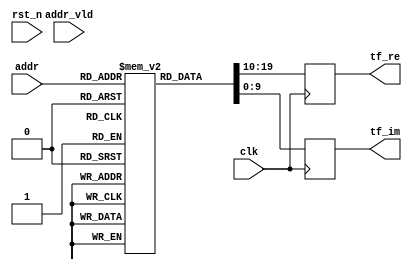
`timescale 1ns/10ps
module fft_r22sdf_rom_1024_s1 (
    input  wire               clk,
    input  wire               rst_n,
    input  wire        [ 7:0] addr,
    input  wire               addr_vld,
    output reg signed [ 9:0] tf_re,
    output reg signed [ 9:0] tf_im
  );

  // reg  [19:0] dout;

  // assign tf_re = dout[19:10];
  // assign tf_im = dout[ 9: 0];

  // initial
  //   begin
  //    `ifndef USE_RESET
  //     dout = 20'd0;
  //    `endif
  //   end
 reg  [19:0] dout[0:255];
initial begin
dout[0]	= { 10'sd511   ,  10'sd0     }; /* W[   0] =  0.9980   0.0000i */	
dout[1]	= { 10'sd511   ,  10'sd0     }; /* W[   0] =  0.9980   0.0000i */	
dout[2]	= { 10'sd511   ,  10'sd0     }; /* W[   0] =  0.9980   0.0000i */	
dout[3]	= { 10'sd511   ,  10'sd0     }; /* W[   0] =  0.9980   0.0000i */	
dout[4]	= { 10'sd511   ,  10'sd0     }; /* W[   0] =  0.9980   0.0000i */	
dout[5]	= { 10'sd511   ,  10'sd0     }; /* W[   0] =  0.9980   0.0000i */	
dout[6]	= { 10'sd511   ,  10'sd0     }; /* W[   0] =  0.9980   0.0000i */	
dout[7]	= { 10'sd511   ,  10'sd0     }; /* W[   0] =  0.9980   0.0000i */	
dout[8]	= { 10'sd511   ,  10'sd0     }; /* W[   0] =  0.9980   0.0000i */	
dout[9]	= { 10'sd511   ,  10'sd0     }; /* W[   0] =  0.9980   0.0000i */	
dout[10]	= { 10'sd511   ,  10'sd0     }; /* W[   0] =  0.9980   0.0000i */	
dout[11]	= { 10'sd511   ,  10'sd0     }; /* W[   0] =  0.9980   0.0000i */	
dout[12]	= { 10'sd511   ,  10'sd0     }; /* W[   0] =  0.9980   0.0000i */	
dout[13]	= { 10'sd511   ,  10'sd0     }; /* W[   0] =  0.9980   0.0000i */	
dout[14]	= { 10'sd511   ,  10'sd0     }; /* W[   0] =  0.9980   0.0000i */	
dout[15]	= { 10'sd511   ,  10'sd0     }; /* W[   0] =  0.9980   0.0000i */	
dout[16]	= { 10'sd511   ,  10'sd0     }; /* W[   0] =  0.9980   0.0000i */	
dout[17]	= { 10'sd511   ,  10'sd0     }; /* W[   0] =  0.9980   0.0000i */	
dout[18]	= { 10'sd511   ,  10'sd0     }; /* W[   0] =  0.9980   0.0000i */	
dout[19]	= { 10'sd511   ,  10'sd0     }; /* W[   0] =  0.9980   0.0000i */	
dout[20]	= { 10'sd511   ,  10'sd0     }; /* W[   0] =  0.9980   0.0000i */	
dout[21]	= { 10'sd511   ,  10'sd0     }; /* W[   0] =  0.9980   0.0000i */	
dout[22]	= { 10'sd511   ,  10'sd0     }; /* W[   0] =  0.9980   0.0000i */	
dout[23]	= { 10'sd511   ,  10'sd0     }; /* W[   0] =  0.9980   0.0000i */	
dout[24]	= { 10'sd511   ,  10'sd0     }; /* W[   0] =  0.9980   0.0000i */	
dout[25]	= { 10'sd511   ,  10'sd0     }; /* W[   0] =  0.9980   0.0000i */	
dout[26]	= { 10'sd511   ,  10'sd0     }; /* W[   0] =  0.9980   0.0000i */	
dout[27]	= { 10'sd511   ,  10'sd0     }; /* W[   0] =  0.9980   0.0000i */	
dout[28]	= { 10'sd511   ,  10'sd0     }; /* W[   0] =  0.9980   0.0000i */	
dout[29]	= { 10'sd511   ,  10'sd0     }; /* W[   0] =  0.9980   0.0000i */	
dout[30]	= { 10'sd511   ,  10'sd0     }; /* W[   0] =  0.9980   0.0000i */	
dout[31]	= { 10'sd511   ,  10'sd0     }; /* W[   0] =  0.9980   0.0000i */	
dout[32]	= { 10'sd511   ,  10'sd0     }; /* W[   0] =  0.9980   0.0000i */	
dout[33]	= { 10'sd511   ,  10'sd0     }; /* W[   0] =  0.9980   0.0000i */	
dout[34]	= { 10'sd511   ,  10'sd0     }; /* W[   0] =  0.9980   0.0000i */	
dout[35]	= { 10'sd511   ,  10'sd0     }; /* W[   0] =  0.9980   0.0000i */	
dout[36]	= { 10'sd511   ,  10'sd0     }; /* W[   0] =  0.9980   0.0000i */	
dout[37]	= { 10'sd511   ,  10'sd0     }; /* W[   0] =  0.9980   0.0000i */	
dout[38]	= { 10'sd511   ,  10'sd0     }; /* W[   0] =  0.9980   0.0000i */	
dout[39]	= { 10'sd511   ,  10'sd0     }; /* W[   0] =  0.9980   0.0000i */	
dout[40]	= { 10'sd511   ,  10'sd0     }; /* W[   0] =  0.9980   0.0000i */	
dout[41]	= { 10'sd511   ,  10'sd0     }; /* W[   0] =  0.9980   0.0000i */	
dout[42]	= { 10'sd511   ,  10'sd0     }; /* W[   0] =  0.9980   0.0000i */	
dout[43]	= { 10'sd511   ,  10'sd0     }; /* W[   0] =  0.9980   0.0000i */	
dout[44]	= { 10'sd511   ,  10'sd0     }; /* W[   0] =  0.9980   0.0000i */	
dout[45]	= { 10'sd511   ,  10'sd0     }; /* W[   0] =  0.9980   0.0000i */	
dout[46]	= { 10'sd511   ,  10'sd0     }; /* W[   0] =  0.9980   0.0000i */	
dout[47]	= { 10'sd511   ,  10'sd0     }; /* W[   0] =  0.9980   0.0000i */	
dout[48]	= { 10'sd511   ,  10'sd0     }; /* W[   0] =  0.9980   0.0000i */	
dout[49]	= { 10'sd511   ,  10'sd0     }; /* W[   0] =  0.9980   0.0000i */	
dout[50]	= { 10'sd511   ,  10'sd0     }; /* W[   0] =  0.9980   0.0000i */	
dout[51]	= { 10'sd511   ,  10'sd0     }; /* W[   0] =  0.9980   0.0000i */	
dout[52]	= { 10'sd511   ,  10'sd0     }; /* W[   0] =  0.9980   0.0000i */	
dout[53]	= { 10'sd511   ,  10'sd0     }; /* W[   0] =  0.9980   0.0000i */	
dout[54]	= { 10'sd511   ,  10'sd0     }; /* W[   0] =  0.9980   0.0000i */	
dout[55]	= { 10'sd511   ,  10'sd0     }; /* W[   0] =  0.9980   0.0000i */	
dout[56]	= { 10'sd511   ,  10'sd0     }; /* W[   0] =  0.9980   0.0000i */	
dout[57]	= { 10'sd511   ,  10'sd0     }; /* W[   0] =  0.9980   0.0000i */	
dout[58]	= { 10'sd511   ,  10'sd0     }; /* W[   0] =  0.9980   0.0000i */	
dout[59]	= { 10'sd511   ,  10'sd0     }; /* W[   0] =  0.9980   0.0000i */	
dout[60]	= { 10'sd511   ,  10'sd0     }; /* W[   0] =  0.9980   0.0000i */	
dout[61]	= { 10'sd511   ,  10'sd0     }; /* W[   0] =  0.9980   0.0000i */	
dout[62]	= { 10'sd511   ,  10'sd0     }; /* W[   0] =  0.9980   0.0000i */	
dout[63]	= { 10'sd511   ,  10'sd0     }; /* W[   0] =  0.9980   0.0000i */	
dout[64]	= { 10'sd511   ,  10'sd0     }; /* W[   0] =  0.9980   0.0000i */	
dout[65]	= { 10'sd511   , -10'sd25    }; /* W[   8] =  0.9980  -0.0488i */	
dout[66]	= { 10'sd510   , -10'sd50    }; /* W[  16] =  0.9961  -0.0977i */	
dout[67]	= { 10'sd506   , -10'sd75    }; /* W[  24] =  0.9883  -0.1465i */	
dout[68]	= { 10'sd502   , -10'sd100   }; /* W[  32] =  0.9805  -0.1953i */	
dout[69]	= { 10'sd497   , -10'sd124   }; /* W[  40] =  0.9707  -0.2422i */	
dout[70]	= { 10'sd490   , -10'sd149   }; /* W[  48] =  0.9570  -0.2910i */	
dout[71]	= { 10'sd482   , -10'sd172   }; /* W[  56] =  0.9414  -0.3359i */	
dout[72]	= { 10'sd473   , -10'sd196   }; /* W[  64] =  0.9238  -0.3828i */	
dout[73]	= { 10'sd463   , -10'sd219   }; /* W[  72] =  0.9043  -0.4277i */	
dout[74]	= { 10'sd452   , -10'sd241   }; /* W[  80] =  0.8828  -0.4707i */	
dout[75]	= { 10'sd439   , -10'sd263   }; /* W[  88] =  0.8574  -0.5137i */	
dout[76]	= { 10'sd426   , -10'sd284   }; /* W[  96] =  0.8320  -0.5547i */	
dout[77]	= { 10'sd411   , -10'sd305   }; /* W[ 104] =  0.8027  -0.5957i */	
dout[78]	= { 10'sd396   , -10'sd325   }; /* W[ 112] =  0.7734  -0.6348i */	
dout[79]	= { 10'sd379   , -10'sd344   }; /* W[ 120] =  0.7402  -0.6719i */	
dout[80]	= { 10'sd362   , -10'sd362   }; /* W[ 128] =  0.7070  -0.7070i */	
dout[81]	= { 10'sd344   , -10'sd379   }; /* W[ 136] =  0.6719  -0.7402i */	
dout[82]	= { 10'sd325   , -10'sd396   }; /* W[ 144] =  0.6348  -0.7734i */	
dout[83]	= { 10'sd305   , -10'sd411   }; /* W[ 152] =  0.5957  -0.8027i */	
dout[84]	= { 10'sd284   , -10'sd426   }; /* W[ 160] =  0.5547  -0.8320i */	
dout[85]	= { 10'sd263   , -10'sd439   }; /* W[ 168] =  0.5137  -0.8574i */	
dout[86]	= { 10'sd241   , -10'sd452   }; /* W[ 176] =  0.4707  -0.8828i */	
dout[87]	= { 10'sd219   , -10'sd463   }; /* W[ 184] =  0.4277  -0.9043i */	
dout[88]	= { 10'sd196   , -10'sd473   }; /* W[ 192] =  0.3828  -0.9238i */	
dout[89]	= { 10'sd172   , -10'sd482   }; /* W[ 200] =  0.3359  -0.9414i */	
dout[90]	= { 10'sd149   , -10'sd490   }; /* W[ 208] =  0.2910  -0.9570i */	
dout[91]	= { 10'sd124   , -10'sd497   }; /* W[ 216] =  0.2422  -0.9707i */	
dout[92]	= { 10'sd100   , -10'sd502   }; /* W[ 224] =  0.1953  -0.9805i */	
dout[93]	= { 10'sd75    , -10'sd506   }; /* W[ 232] =  0.1465  -0.9883i */	
dout[94]	= { 10'sd50    , -10'sd510   }; /* W[ 240] =  0.0977  -0.9961i */	
dout[95]	= { 10'sd25    , -10'sd511   }; /* W[ 248] =  0.0488  -0.9980i */	
dout[96]	= { 10'sd0     , -10'sd512   }; /* W[ 256] =  0.0000  -1.0000i */	
dout[97]	= {-10'sd25    , -10'sd511   }; /* W[ 264] = -0.0488  -0.9980i */	
dout[98]	= {-10'sd50    , -10'sd510   }; /* W[ 272] = -0.0977  -0.9961i */	
dout[99]	= {-10'sd75    , -10'sd506   }; /* W[ 280] = -0.1465  -0.9883i */	
dout[100]	= {-10'sd100   , -10'sd502   }; /* W[ 288] = -0.1953  -0.9805i */	
dout[101]	= {-10'sd124   , -10'sd497   }; /* W[ 296] = -0.2422  -0.9707i */	
dout[102]	= {-10'sd149   , -10'sd490   }; /* W[ 304] = -0.2910  -0.9570i */	
dout[103]	= {-10'sd172   , -10'sd482   }; /* W[ 312] = -0.3359  -0.9414i */	
dout[104]	= {-10'sd196   , -10'sd473   }; /* W[ 320] = -0.3828  -0.9238i */	
dout[105]	= {-10'sd219   , -10'sd463   }; /* W[ 328] = -0.4277  -0.9043i */	
dout[106]	= {-10'sd241   , -10'sd452   }; /* W[ 336] = -0.4707  -0.8828i */	
dout[107]	= {-10'sd263   , -10'sd439   }; /* W[ 344] = -0.5137  -0.8574i */	
dout[108]	= {-10'sd284   , -10'sd426   }; /* W[ 352] = -0.5547  -0.8320i */	
dout[109]	= {-10'sd305   , -10'sd411   }; /* W[ 360] = -0.5957  -0.8027i */	
dout[110]	= {-10'sd325   , -10'sd396   }; /* W[ 368] = -0.6348  -0.7734i */	
dout[111]	= {-10'sd344   , -10'sd379   }; /* W[ 376] = -0.6719  -0.7402i */	
dout[112]	= {-10'sd362   , -10'sd362   }; /* W[ 384] = -0.7070  -0.7070i */	
dout[113]	= {-10'sd379   , -10'sd344   }; /* W[ 392] = -0.7402  -0.6719i */	
dout[114]	= {-10'sd396   , -10'sd325   }; /* W[ 400] = -0.7734  -0.6348i */	
dout[115]	= {-10'sd411   , -10'sd305   }; /* W[ 408] = -0.8027  -0.5957i */	
dout[116]	= {-10'sd426   , -10'sd284   }; /* W[ 416] = -0.8320  -0.5547i */	
dout[117]	= {-10'sd439   , -10'sd263   }; /* W[ 424] = -0.8574  -0.5137i */	
dout[118]	= {-10'sd452   , -10'sd241   }; /* W[ 432] = -0.8828  -0.4707i */	
dout[119]	= {-10'sd463   , -10'sd219   }; /* W[ 440] = -0.9043  -0.4277i */	
dout[120]	= {-10'sd473   , -10'sd196   }; /* W[ 448] = -0.9238  -0.3828i */	
dout[121]	= {-10'sd482   , -10'sd172   }; /* W[ 456] = -0.9414  -0.3359i */	
dout[122]	= {-10'sd490   , -10'sd149   }; /* W[ 464] = -0.9570  -0.2910i */	
dout[123]	= {-10'sd497   , -10'sd124   }; /* W[ 472] = -0.9707  -0.2422i */	
dout[124]	= {-10'sd502   , -10'sd100   }; /* W[ 480] = -0.9805  -0.1953i */	
dout[125]	= {-10'sd506   , -10'sd75    }; /* W[ 488] = -0.9883  -0.1465i */	
dout[126]	= {-10'sd510   , -10'sd50    }; /* W[ 496] = -0.9961  -0.0977i */	
dout[127]	= {-10'sd511   , -10'sd25    }; /* W[ 504] = -0.9980  -0.0488i */	
dout[128]	= { 10'sd511   ,  10'sd0     }; /* W[   0] =  0.9980   0.0000i */	
dout[129]	= { 10'sd511   , -10'sd13    }; /* W[   4] =  0.9980  -0.0254i */	
dout[130]	= { 10'sd511   , -10'sd25    }; /* W[   8] =  0.9980  -0.0488i */	
dout[131]	= { 10'sd511   , -10'sd38    }; /* W[  12] =  0.9980  -0.0742i */	
dout[132]	= { 10'sd510   , -10'sd50    }; /* W[  16] =  0.9961  -0.0977i */	
dout[133]	= { 10'sd508   , -10'sd63    }; /* W[  20] =  0.9922  -0.1230i */	
dout[134]	= { 10'sd506   , -10'sd75    }; /* W[  24] =  0.9883  -0.1465i */	
dout[135]	= { 10'sd504   , -10'sd88    }; /* W[  28] =  0.9844  -0.1719i */	
dout[136]	= { 10'sd502   , -10'sd100   }; /* W[  32] =  0.9805  -0.1953i */	
dout[137]	= { 10'sd500   , -10'sd112   }; /* W[  36] =  0.9766  -0.2188i */	
dout[138]	= { 10'sd497   , -10'sd124   }; /* W[  40] =  0.9707  -0.2422i */	
dout[139]	= { 10'sd493   , -10'sd137   }; /* W[  44] =  0.9629  -0.2676i */	
dout[140]	= { 10'sd490   , -10'sd149   }; /* W[  48] =  0.9570  -0.2910i */	
dout[141]	= { 10'sd486   , -10'sd161   }; /* W[  52] =  0.9492  -0.3145i */	
dout[142]	= { 10'sd482   , -10'sd172   }; /* W[  56] =  0.9414  -0.3359i */	
dout[143]	= { 10'sd478   , -10'sd184   }; /* W[  60] =  0.9336  -0.3594i */	
dout[144]	= { 10'sd473   , -10'sd196   }; /* W[  64] =  0.9238  -0.3828i */	
dout[145]	= { 10'sd468   , -10'sd207   }; /* W[  68] =  0.9141  -0.4043i */	
dout[146]	= { 10'sd463   , -10'sd219   }; /* W[  72] =  0.9043  -0.4277i */	
dout[147]	= { 10'sd457   , -10'sd230   }; /* W[  76] =  0.8926  -0.4492i */	
dout[148]	= { 10'sd452   , -10'sd241   }; /* W[  80] =  0.8828  -0.4707i */	
dout[149]	= { 10'sd445   , -10'sd252   }; /* W[  84] =  0.8691  -0.4922i */	
dout[150]	= { 10'sd439   , -10'sd263   }; /* W[  88] =  0.8574  -0.5137i */	
dout[151]	= { 10'sd433   , -10'sd274   }; /* W[  92] =  0.8457  -0.5352i */	
dout[152]	= { 10'sd426   , -10'sd284   }; /* W[  96] =  0.8320  -0.5547i */	
dout[153]	= { 10'sd419   , -10'sd295   }; /* W[ 100] =  0.8184  -0.5762i */	
dout[154]	= { 10'sd411   , -10'sd305   }; /* W[ 104] =  0.8027  -0.5957i */	
dout[155]	= { 10'sd404   , -10'sd315   }; /* W[ 108] =  0.7891  -0.6152i */	
dout[156]	= { 10'sd396   , -10'sd325   }; /* W[ 112] =  0.7734  -0.6348i */	
dout[157]	= { 10'sd388   , -10'sd334   }; /* W[ 116] =  0.7578  -0.6523i */	
dout[158]	= { 10'sd379   , -10'sd344   }; /* W[ 120] =  0.7402  -0.6719i */	
dout[159]	= { 10'sd371   , -10'sd353   }; /* W[ 124] =  0.7246  -0.6895i */	
dout[160]	= { 10'sd362   , -10'sd362   }; /* W[ 128] =  0.7070  -0.7070i */	
dout[161]	= { 10'sd353   , -10'sd371   }; /* W[ 132] =  0.6895  -0.7246i */	
dout[162]	= { 10'sd344   , -10'sd379   }; /* W[ 136] =  0.6719  -0.7402i */	
dout[163]	= { 10'sd334   , -10'sd388   }; /* W[ 140] =  0.6523  -0.7578i */	
dout[164]	= { 10'sd325   , -10'sd396   }; /* W[ 144] =  0.6348  -0.7734i */	
dout[165]	= { 10'sd315   , -10'sd404   }; /* W[ 148] =  0.6152  -0.7891i */	
dout[166]	= { 10'sd305   , -10'sd411   }; /* W[ 152] =  0.5957  -0.8027i */	
dout[167]	= { 10'sd295   , -10'sd419   }; /* W[ 156] =  0.5762  -0.8184i */	
dout[168]	= { 10'sd284   , -10'sd426   }; /* W[ 160] =  0.5547  -0.8320i */	
dout[169]	= { 10'sd274   , -10'sd433   }; /* W[ 164] =  0.5352  -0.8457i */	
dout[170]	= { 10'sd263   , -10'sd439   }; /* W[ 168] =  0.5137  -0.8574i */	
dout[171]	= { 10'sd252   , -10'sd445   }; /* W[ 172] =  0.4922  -0.8691i */	
dout[172]	= { 10'sd241   , -10'sd452   }; /* W[ 176] =  0.4707  -0.8828i */	
dout[173]	= { 10'sd230   , -10'sd457   }; /* W[ 180] =  0.4492  -0.8926i */	
dout[174]	= { 10'sd219   , -10'sd463   }; /* W[ 184] =  0.4277  -0.9043i */	
dout[175]	= { 10'sd207   , -10'sd468   }; /* W[ 188] =  0.4043  -0.9141i */	
dout[176]	= { 10'sd196   , -10'sd473   }; /* W[ 192] =  0.3828  -0.9238i */	
dout[177]	= { 10'sd184   , -10'sd478   }; /* W[ 196] =  0.3594  -0.9336i */	
dout[178]	= { 10'sd172   , -10'sd482   }; /* W[ 200] =  0.3359  -0.9414i */	
dout[179]	= { 10'sd161   , -10'sd486   }; /* W[ 204] =  0.3145  -0.9492i */	
dout[180]	= { 10'sd149   , -10'sd490   }; /* W[ 208] =  0.2910  -0.9570i */	
dout[181]	= { 10'sd137   , -10'sd493   }; /* W[ 212] =  0.2676  -0.9629i */	
dout[182]	= { 10'sd124   , -10'sd497   }; /* W[ 216] =  0.2422  -0.9707i */	
dout[183]	= { 10'sd112   , -10'sd500   }; /* W[ 220] =  0.2188  -0.9766i */	
dout[184]	= { 10'sd100   , -10'sd502   }; /* W[ 224] =  0.1953  -0.9805i */	
dout[185]	= { 10'sd88    , -10'sd504   }; /* W[ 228] =  0.1719  -0.9844i */	
dout[186]	= { 10'sd75    , -10'sd506   }; /* W[ 232] =  0.1465  -0.9883i */	
dout[187]	= { 10'sd63    , -10'sd508   }; /* W[ 236] =  0.1230  -0.9922i */	
dout[188]	= { 10'sd50    , -10'sd510   }; /* W[ 240] =  0.0977  -0.9961i */	
dout[189]	= { 10'sd38    , -10'sd511   }; /* W[ 244] =  0.0742  -0.9980i */	
dout[190]	= { 10'sd25    , -10'sd511   }; /* W[ 248] =  0.0488  -0.9980i */	
dout[191]	= { 10'sd13    , -10'sd512   }; /* W[ 252] =  0.0254  -1.0000i */	
dout[192]	= { 10'sd511   ,  10'sd0     }; /* W[   0] =  0.9980   0.0000i */	
dout[193]	= { 10'sd511   , -10'sd38    }; /* W[  12] =  0.9980  -0.0742i */	
dout[194]	= { 10'sd506   , -10'sd75    }; /* W[  24] =  0.9883  -0.1465i */	
dout[195]	= { 10'sd500   , -10'sd112   }; /* W[  36] =  0.9766  -0.2188i */	
dout[196]	= { 10'sd490   , -10'sd149   }; /* W[  48] =  0.9570  -0.2910i */	
dout[197]	= { 10'sd478   , -10'sd184   }; /* W[  60] =  0.9336  -0.3594i */	
dout[198]	= { 10'sd463   , -10'sd219   }; /* W[  72] =  0.9043  -0.4277i */	
dout[199]	= { 10'sd445   , -10'sd252   }; /* W[  84] =  0.8691  -0.4922i */	
dout[200]	= { 10'sd426   , -10'sd284   }; /* W[  96] =  0.8320  -0.5547i */	
dout[201]	= { 10'sd404   , -10'sd315   }; /* W[ 108] =  0.7891  -0.6152i */	
dout[202]	= { 10'sd379   , -10'sd344   }; /* W[ 120] =  0.7402  -0.6719i */	
dout[203]	= { 10'sd353   , -10'sd371   }; /* W[ 132] =  0.6895  -0.7246i */	
dout[204]	= { 10'sd325   , -10'sd396   }; /* W[ 144] =  0.6348  -0.7734i */	
dout[205]	= { 10'sd295   , -10'sd419   }; /* W[ 156] =  0.5762  -0.8184i */	
dout[206]	= { 10'sd263   , -10'sd439   }; /* W[ 168] =  0.5137  -0.8574i */	
dout[207]	= { 10'sd230   , -10'sd457   }; /* W[ 180] =  0.4492  -0.8926i */	
dout[208]	= { 10'sd196   , -10'sd473   }; /* W[ 192] =  0.3828  -0.9238i */	
dout[209]	= { 10'sd161   , -10'sd486   }; /* W[ 204] =  0.3145  -0.9492i */	
dout[210]	= { 10'sd124   , -10'sd497   }; /* W[ 216] =  0.2422  -0.9707i */	
dout[211]	= { 10'sd88    , -10'sd504   }; /* W[ 228] =  0.1719  -0.9844i */	
dout[212]	= { 10'sd50    , -10'sd510   }; /* W[ 240] =  0.0977  -0.9961i */	
dout[213]	= { 10'sd13    , -10'sd512   }; /* W[ 252] =  0.0254  -1.0000i */	
dout[214]	= {-10'sd25    , -10'sd511   }; /* W[ 264] = -0.0488  -0.9980i */	
dout[215]	= {-10'sd63    , -10'sd508   }; /* W[ 276] = -0.1230  -0.9922i */	
dout[216]	= {-10'sd100   , -10'sd502   }; /* W[ 288] = -0.1953  -0.9805i */	
dout[217]	= {-10'sd137   , -10'sd493   }; /* W[ 300] = -0.2676  -0.9629i */	
dout[218]	= {-10'sd172   , -10'sd482   }; /* W[ 312] = -0.3359  -0.9414i */	
dout[219]	= {-10'sd207   , -10'sd468   }; /* W[ 324] = -0.4043  -0.9141i */	
dout[220]	= {-10'sd241   , -10'sd452   }; /* W[ 336] = -0.4707  -0.8828i */	
dout[221]	= {-10'sd274   , -10'sd433   }; /* W[ 348] = -0.5352  -0.8457i */	
dout[222]	= {-10'sd305   , -10'sd411   }; /* W[ 360] = -0.5957  -0.8027i */	
dout[223]	= {-10'sd334   , -10'sd388   }; /* W[ 372] = -0.6523  -0.7578i */	
dout[224]	= {-10'sd362   , -10'sd362   }; /* W[ 384] = -0.7070  -0.7070i */	
dout[225]	= {-10'sd388   , -10'sd334   }; /* W[ 396] = -0.7578  -0.6523i */	
dout[226]	= {-10'sd411   , -10'sd305   }; /* W[ 408] = -0.8027  -0.5957i */	
dout[227]	= {-10'sd433   , -10'sd274   }; /* W[ 420] = -0.8457  -0.5352i */	
dout[228]	= {-10'sd452   , -10'sd241   }; /* W[ 432] = -0.8828  -0.4707i */	
dout[229]	= {-10'sd468   , -10'sd207   }; /* W[ 444] = -0.9141  -0.4043i */	
dout[230]	= {-10'sd482   , -10'sd172   }; /* W[ 456] = -0.9414  -0.3359i */	
dout[231]	= {-10'sd493   , -10'sd137   }; /* W[ 468] = -0.9629  -0.2676i */	
dout[232]	= {-10'sd502   , -10'sd100   }; /* W[ 480] = -0.9805  -0.1953i */	
dout[233]	= {-10'sd508   , -10'sd63    }; /* W[ 492] = -0.9922  -0.1230i */	
dout[234]	= {-10'sd511   , -10'sd25    }; /* W[ 504] = -0.9980  -0.0488i */	
dout[235]	= {-10'sd512   ,  10'sd13    }; /* W[ 516] = -1.0000   0.0254i */	
dout[236]	= {-10'sd510   ,  10'sd50    }; /* W[ 528] = -0.9961   0.0977i */	
dout[237]	= {-10'sd504   ,  10'sd88    }; /* W[ 540] = -0.9844   0.1719i */	
dout[238]	= {-10'sd497   ,  10'sd124   }; /* W[ 552] = -0.9707   0.2422i */	
dout[239]	= {-10'sd486   ,  10'sd161   }; /* W[ 564] = -0.9492   0.3145i */	
dout[240]	= {-10'sd473   ,  10'sd196   }; /* W[ 576] = -0.9238   0.3828i */	
dout[241]	= {-10'sd457   ,  10'sd230   }; /* W[ 588] = -0.8926   0.4492i */	
dout[242]	= {-10'sd439   ,  10'sd263   }; /* W[ 600] = -0.8574   0.5137i */	
dout[243]	= {-10'sd419   ,  10'sd295   }; /* W[ 612] = -0.8184   0.5762i */	
dout[244]	= {-10'sd396   ,  10'sd325   }; /* W[ 624] = -0.7734   0.6348i */	
dout[245]	= {-10'sd371   ,  10'sd353   }; /* W[ 636] = -0.7246   0.6895i */	
dout[246]	= {-10'sd344   ,  10'sd379   }; /* W[ 648] = -0.6719   0.7402i */	
dout[247]	= {-10'sd315   ,  10'sd404   }; /* W[ 660] = -0.6152   0.7891i */	
dout[248]	= {-10'sd284   ,  10'sd426   }; /* W[ 672] = -0.5547   0.8320i */	
dout[249]	= {-10'sd252   ,  10'sd445   }; /* W[ 684] = -0.4922   0.8691i */	
dout[250]	= {-10'sd219   ,  10'sd463   }; /* W[ 696] = -0.4277   0.9043i */	
dout[251]	= {-10'sd184   ,  10'sd478   }; /* W[ 708] = -0.3594   0.9336i */	
dout[252]	= {-10'sd149   ,  10'sd490   }; /* W[ 720] = -0.2910   0.9570i */	
dout[253]	= {-10'sd112   ,  10'sd500   }; /* W[ 732] = -0.2188   0.9766i */	
dout[254]	= {-10'sd75    ,  10'sd506   }; /* W[ 744] = -0.1465   0.9883i */	
dout[255]	= {-10'sd38    ,  10'sd511   }; /* W[ 756] = -0.0742   0.9980i */	
end

always @ (posedge clk) begin
  tf_re<=dout[addr][19:10];
  tf_im<=dout[addr][9:0];
end


endmodule

/** @} */ /* End of addtogroup ModMiscIpDspFftR22Sdc */
/* END OF FILE */